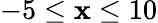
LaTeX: -5\leq\mathbf{x}\leq10